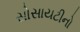
સોસાયટીનો